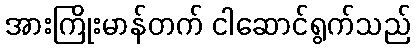
အားကြိုးမာန်တက် ငါဆောင်ရွက်သည်